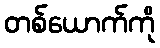
တစ်ယောက်ကို